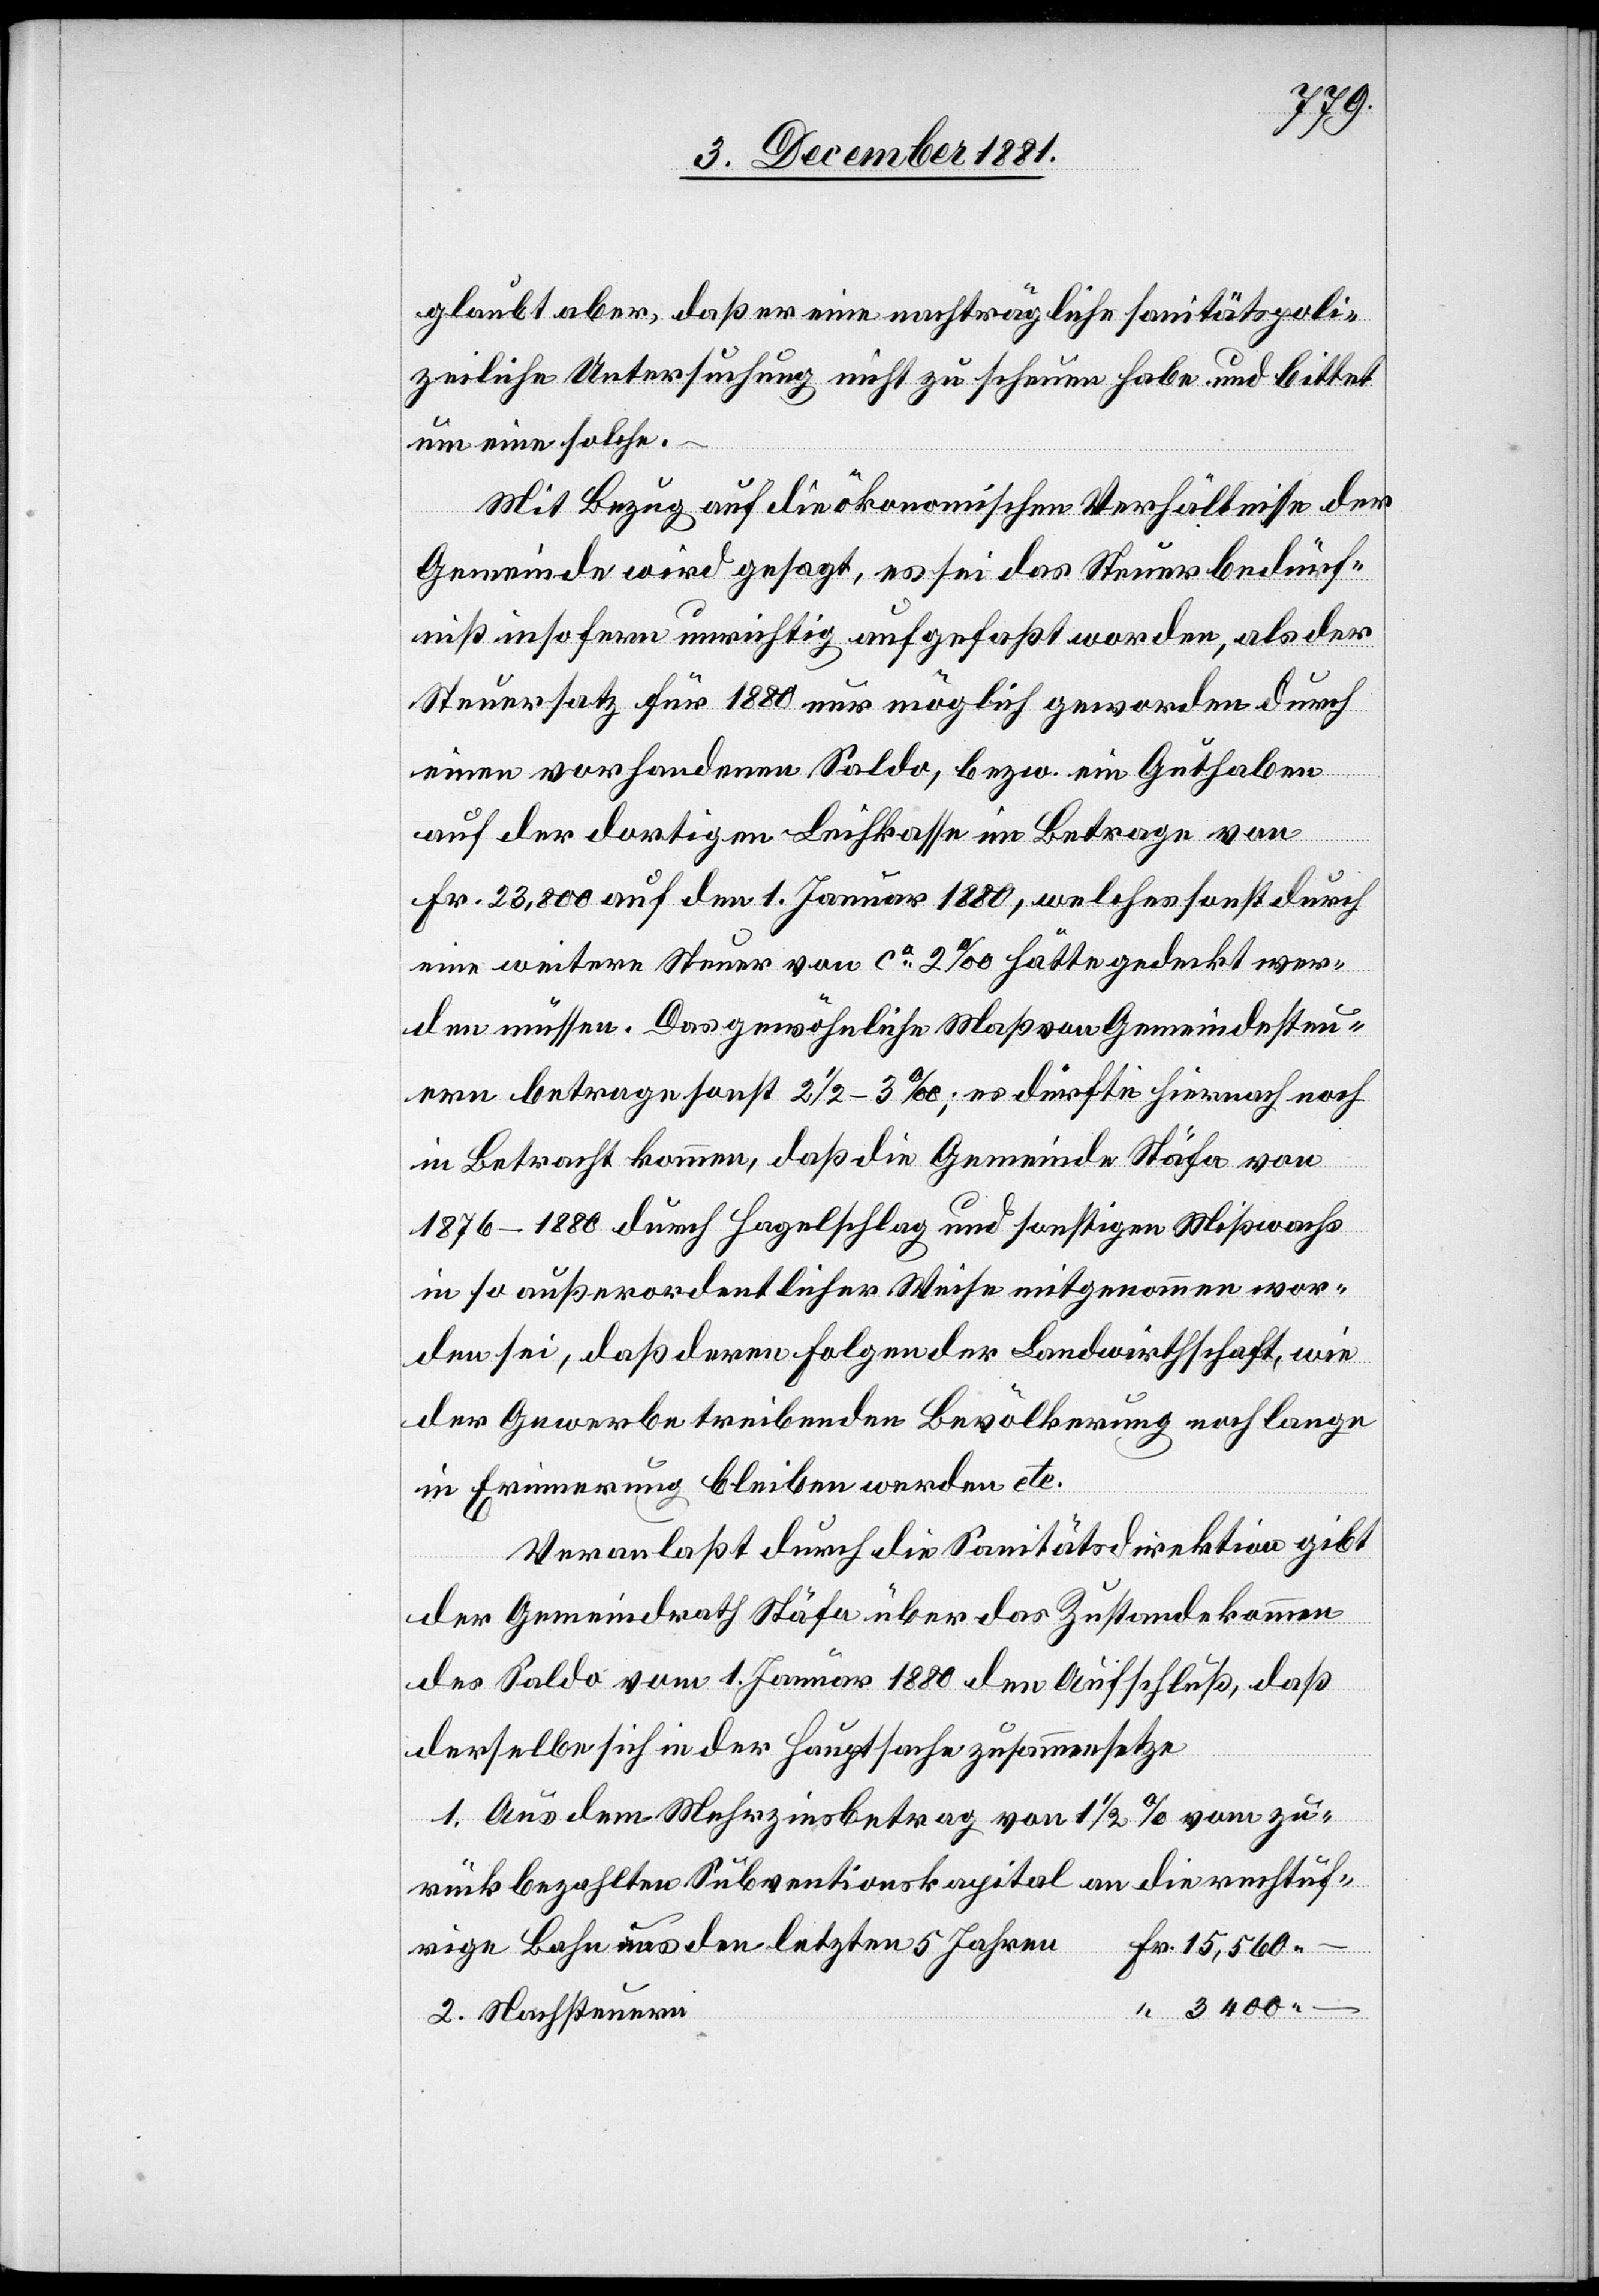
glaubt aber, daß er eine nachträgliche sanitätspoli¬
zeiliche Untersuchung nicht zu scheuen habe und bittet
um eine solche.
Mit Bezug auf die ökonomischen Verhältnisse der
Gemeinde wird gesagt, es sei das Steuerbedürf¬
niß insofern unrichtig aufgefaßt worden, als der
Steuersatz für 1880 nur möglich geworden durch
einen vorhandenen Saldo, bezw. ein Guthaben
auf der dortigen Leihkasse im Betrage von
Fr. 23,800 auf den 1. Januar 1880, welches sonst durch
eine weitere Steuer von ca 2‰ hätte gedeckt wer¬
den müssen. Das gewöhnliche Maß von Gemeindesteu¬
ern betrage sonst 2 1/2–3‰; es dürfte hiernach noch
in Betracht kommen, daß deren Folgen der Landwirt¬
der Gewerbe treibenden Bevölkerung noch lange
in Erinnerung bleiben werden etc.
Veranlaßt durch die Sanitätsdirektion gibt
der Gemeindrath Stäfa über das Zustandekommen
des Saldo vom 1. Januar 1880 den Aufschluß, daß
derselbe sich in der Hauptsache zusammensetze
1. Aus dem Mehrzinsbetrag von 1 1/2% vom zu¬
rückbezahlten Subventionskapital an die rechtuf¬
rige Bahn aus den letzten 5 Jahre¬
hschaft,
wie
n	Fr. 15,650 –
“ 3 400 –
2. Nachsteuern